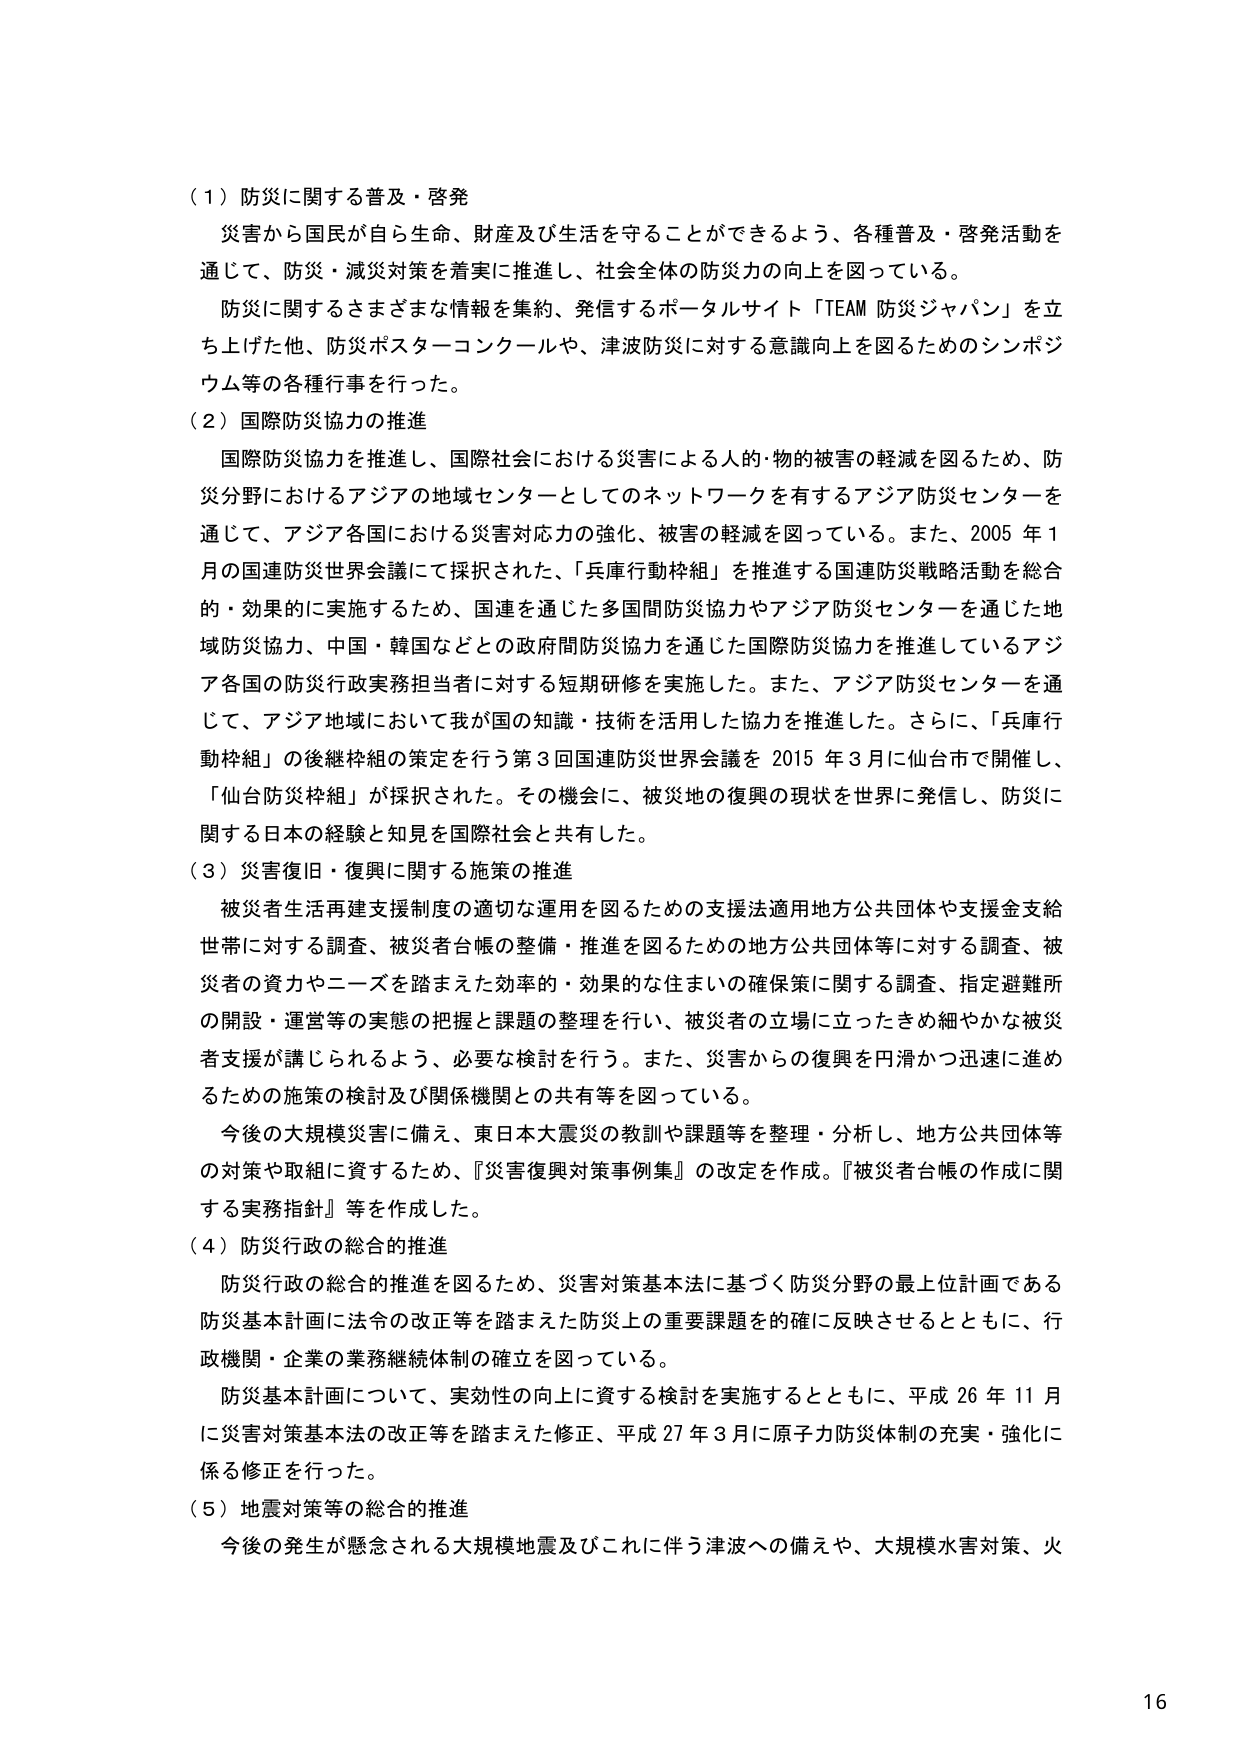
（１）防災に関する普及・啓発
　災害から国民が自ら生命、財産及び生活を守ることができるよう、各種普及・啓発活動を通じて、防災・減災対策を着実に推進し、社会全体の防災力の向上を図っている。
　防災に関するさまざまな情報を集約、発信するポータルサイト「TEAM 防災ジャパン」を立ち上げた他、防災ポスターコンクールや、津波防災に対する意識向上を図るためのシンポジウム等の各種行事を行った。

（２）国際防災協力の推進
　国際防災協力を推進し、国際社会における災害による人的・物的被害の軽減を図るため、防災分野におけるアジアの地域センターとしてのネットワークを有するアジア防災センターを通じて、アジア各国における災害対応力の強化、被害の軽減を図っている。また、2005年1月の国連防災世界会議にて採択された、「兵庫行動枠組」を推進する国連防災戦略活動を総合的・効果的に実施するため、国連を通じた多国間防災協力やアジア防災センターを通じた地域防災協力、中国・韓国などとの政府間防災協力を通じた国際防災協力を推進しているアジア各国の防災行政実務担当者に対する短期研修を実施した。また、アジア防災センターを通じて、アジア地域において我が国の知識・技術を活用した協力を推進した。さらに、「兵庫行動枠組」の後継枠組の策定を行う第3回国連防災世界会議を2015年3月に仙台市で開催し、「仙台防災枠組」が採択された。その機会に、被災地の復興の現状を世界に発信し、防災に関する日本の経験と知見を国際社会と共有した。

（３）災害復旧・復興に関する施策の推進
　被災者生活再建支援制度の適切な運用を図るための支援法適用地方公共団体や支援金支給世帯に対する調査、被災者台帳の整備・推進を図るための地方公共団体等に対する調査、被災者の資力やニーズを踏まえた効率的・効果的な住まいの確保策に関する調査、指定避難所の開設・運営等の実態の把握と課題の整理を行い、被災者の立場に立ったきめ細やかな被災者支援が講じられるよう、必要な検討を行う。また、災害からの復興を円滑かつ迅速に進めるための施策の検討及び関係機関との共有等を図っている。
　今後の大規模災害に備え、東日本大震災の教訓や課題等を整理・分析し、地方公共団体等の対策や取組に資するため、『災害復興対策事例集』の改定を作成。『被災者台帳の作成に関する実務指針』等を作成した。

（４）防災行政の総合的推進
　防災行政の総合的推進を図るため、災害対策基本法に基づく防災分野の最上位計画である防災基本計画に法令の改正等を踏まえた防災上の重要課題を的確に反映させるとともに、行政機関・企業の業務継続体制の確立を図っている。
　防災基本計画について、実効性の向上に資する検討を実施するとともに、平成26年11月に災害対策基本法の改正等を踏まえた修正、平成27年3月に原子力防災体制の充実・強化に係る修正を行った。

（５）地震対策等の総合的推進
　今後の発生が懸念される大規模地震及びこれに伴う津波への備えや、大規模水害対策、火

16